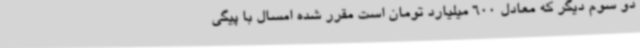
دو سوم دیگر که معادل 600 میلیارد تومان است مقرر شده امسال با پیگی